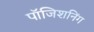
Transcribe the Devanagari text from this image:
पॉजिशनिंग